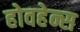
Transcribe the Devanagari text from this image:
होवहेन्स